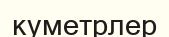
куметрлер